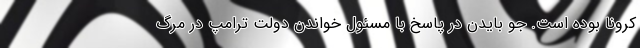
کرونا بوده است. جو بایدن در پاسخ با مسئول خواندن دولت ترامپ در مرگ